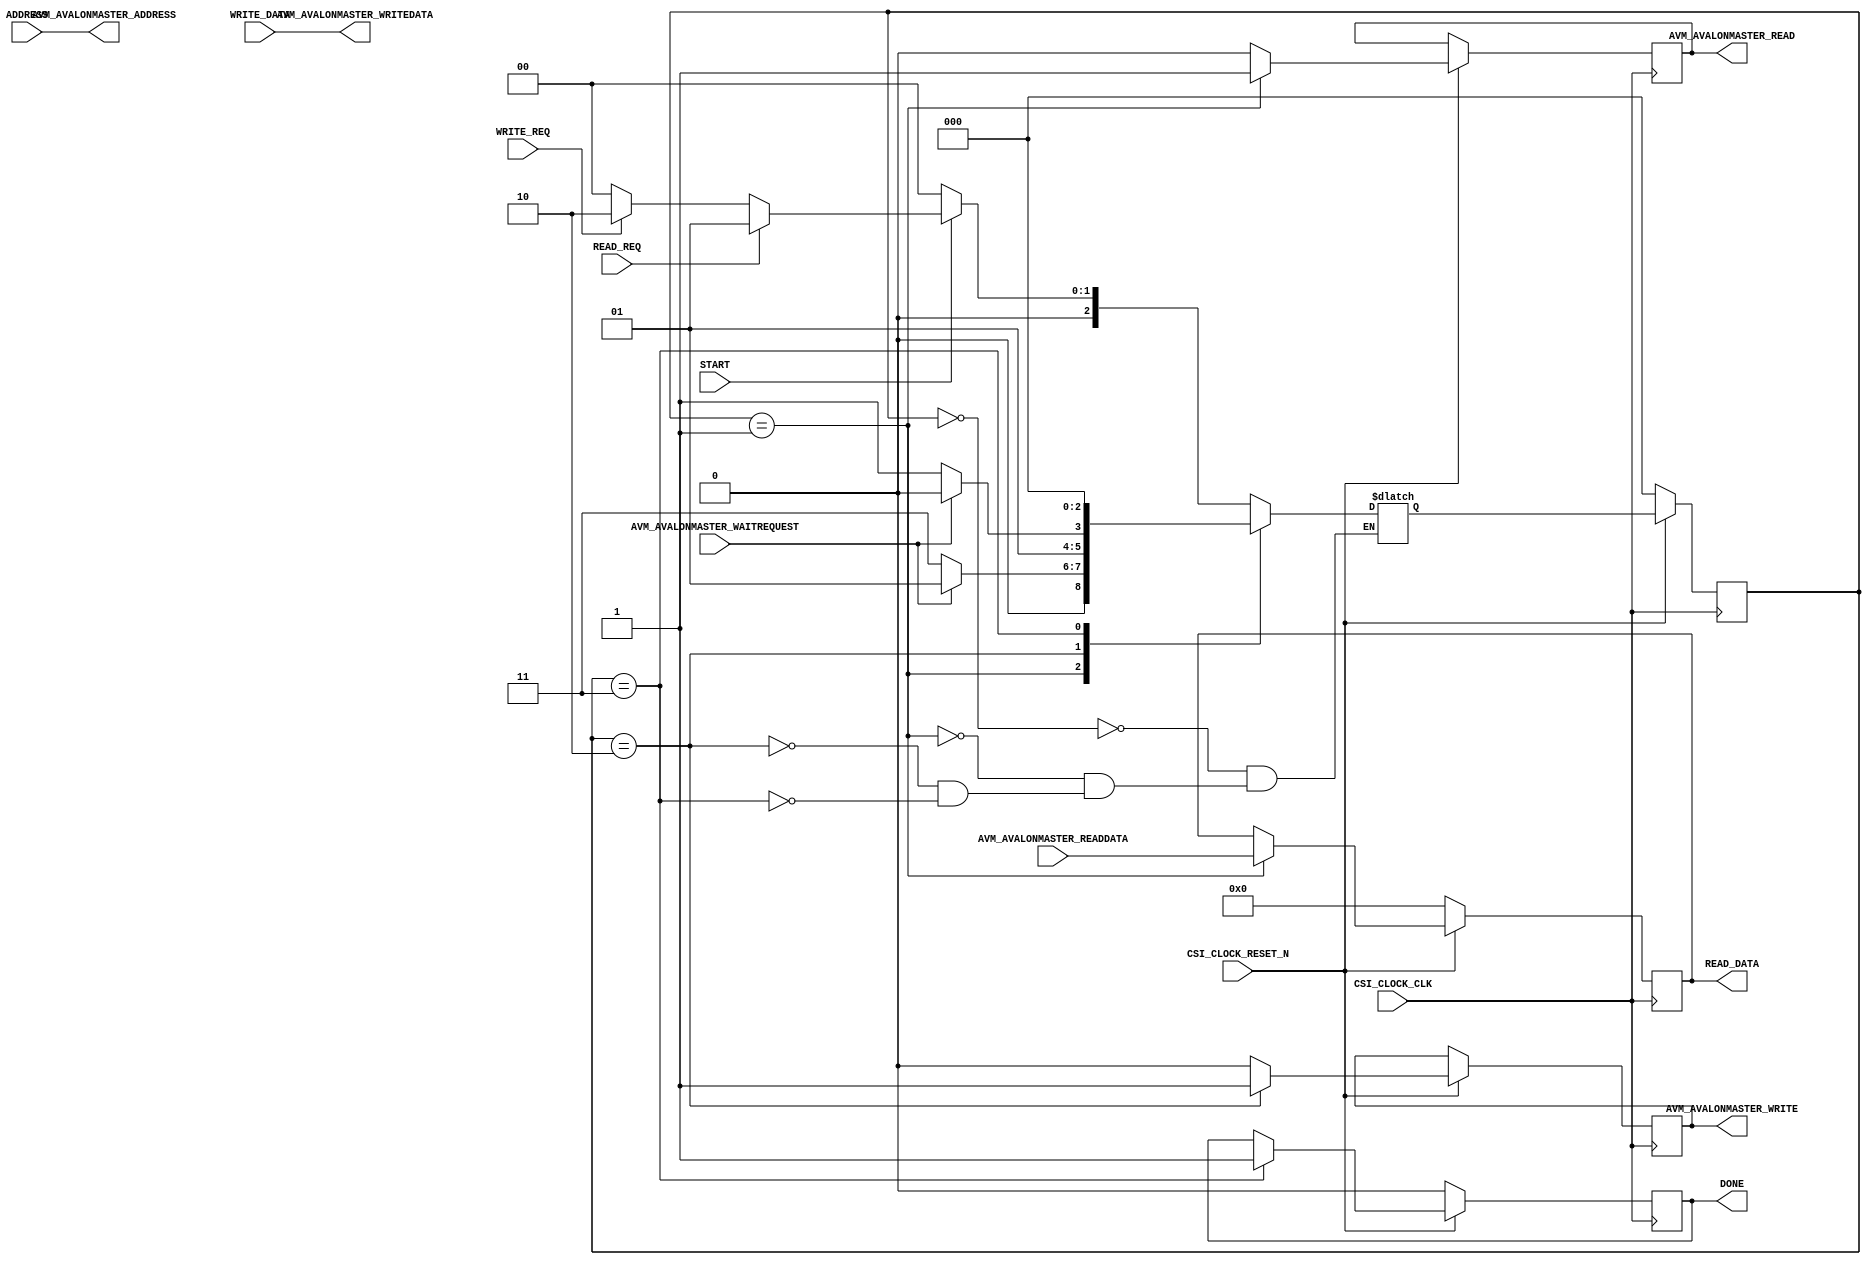
// `define S0 3'b000
// `define SREAD 3'b001
// `define SWRITE 3'b010
// `define FIN 3'b011

module AVM_AVALONMASTER_MAGNITUDE #
(
  // you can add parameters here
  // you can change these parameters
  parameter integer AVM_AVALONMASTER_DATA_WIDTH = 32,
  parameter integer AVM_AVALONMASTER_ADDRESS_WIDTH = 32
)
(
  // user ports begin

  // these are just some example ports. you can change them all
  input wire START,
  output wire DONE,
  input [AVM_AVALONMASTER_ADDRESS_WIDTH - 1:0] ADDRESS, //from ACCS
  output [AVM_AVALONMASTER_DATA_WIDTH - 1:0] READ_DATA, //to accs
  input [AVM_AVALONMASTER_DATA_WIDTH - 1:0] WRITE_DATA, //from accs
  input READ_REQ, //from accs
  input WRITE_REQ, //from accs

  // user ports end
  // dont change these ports
  input wire CSI_CLOCK_CLK,
  input wire CSI_CLOCK_RESET_N,
  output wire [AVM_AVALONMASTER_ADDRESS_WIDTH - 1:0] AVM_AVALONMASTER_ADDRESS,
  input wire AVM_AVALONMASTER_WAITREQUEST, //from SDRAM
  output wire AVM_AVALONMASTER_READ, //to SDRAM
  output wire AVM_AVALONMASTER_WRITE, //to SDRAM
  input wire [AVM_AVALONMASTER_DATA_WIDTH - 1:0] AVM_AVALONMASTER_READDATA, //from SDRAM
  output wire [AVM_AVALONMASTER_DATA_WIDTH - 1:0] AVM_AVALONMASTER_WRITEDATA //to SDRAM
);
  localparam S0=3'b000 , SREAD=3'b001 , SWRITE=3'b010 , FIN=3'b011;
  // output wires and registers
  // you can change name and type of these ports
  reg done = 1'b0;
  reg [2:0] ps = 3'b000;
  reg [2:0] ns;
  reg read=1'b0;
  reg write=1'b0;
  reg [AVM_AVALONMASTER_DATA_WIDTH - 1:0] readdata;



  // I/O assignment
  // never directly send values to output
  assign DONE = done;
  assign AVM_AVALONMASTER_ADDRESS = ADDRESS;
  assign AVM_AVALONMASTER_READ = read; //SDRAM
  assign AVM_AVALONMASTER_WRITE = write; //SDRAM
  assign AVM_AVALONMASTER_WRITEDATA = WRITE_DATA;
  assign READ_DATA = readdata;

  /****************************************************************************
  * all main function must be here or in main module. you MUST NOT use control
  * interface for the main operation and only can import and export some wires
  * from/to it
  ****************************************************************************/

  // user logic begin
  always @(posedge CSI_CLOCK_CLK)
  begin
    if(CSI_CLOCK_RESET_N == 0)
    begin
      done <= 1'b0;
      ps <= S0;
      readdata <= {AVM_AVALONMASTER_DATA_WIDTH{1'b0}};
    end
    else
    begin
       {read,write}<=2'b0;
    case(ps)
      SREAD: begin read <= 1'b1;
             readdata <= AVM_AVALONMASTER_READDATA;
             end
      SWRITE: write <= 1'b1;
      FIN: done <= 1'b1;
    endcase
      ps <= ns;
    end
  end
  always @(*) begin
    case(ps)
      S0: if(START) begin
            if(READ_REQ) ns <= SREAD;
            else if(WRITE_REQ) ns <= SWRITE;
            else ns <= S0;
          end
          else ns <= S0;
      SREAD:  if(AVM_AVALONMASTER_WAITREQUEST) ns <= SREAD;
              else ns <= FIN;
      SWRITE: if(AVM_AVALONMASTER_WAITREQUEST) ns <= SWRITE;
              else ns <= FIN;
      FIN: ns <= S0;
    endcase
  end

endmodule